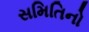
સમિતિનો